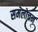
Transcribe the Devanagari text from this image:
समलोचन